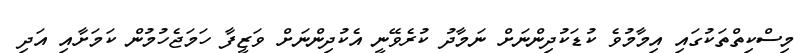
މިސްކިތްތަކުގައި އިމާމުވެ ކުޑަކުދިންނަށް ނަމާދު ކުރެވޭނީ އެކުދިންނަށް ވަޒީފާ ހަމަޖެހުމުން ކަމަށާއި އަދި